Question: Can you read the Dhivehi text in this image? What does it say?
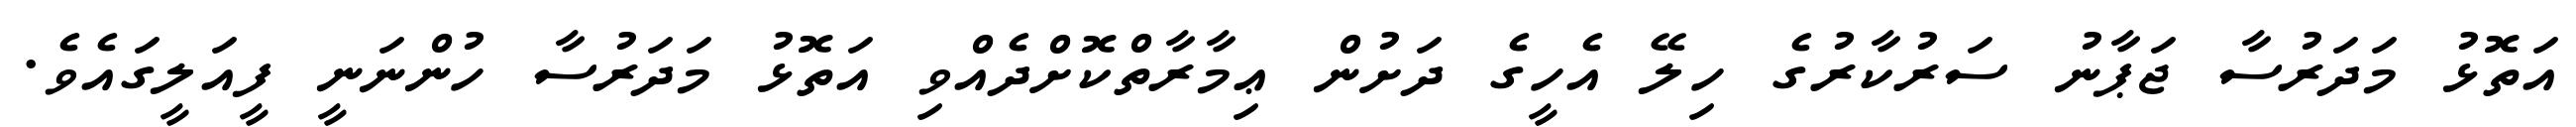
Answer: އަތޮޅު މަދަރުސާ ޖަޕާނު ސަރުކާރުގެ ހިލޭ އެހީގެ ދަށުން ޢިމާރާތްކޮށްދެއްވި އަތޮޅު މަދަރުސާ ހުންނަނީ ފީއަލީގައެވެ.